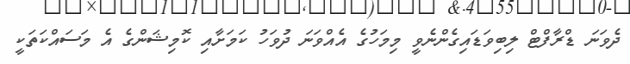
ދެވަނަ ޑްރާފްޓް ލިބިވަޑައިގެންނެވީ މިމަހުގެ އެއްވަނަ ދުވަހު ކަމަށާއި ކޮމިޝަންގެ އެ މަސައްކަތަކީ